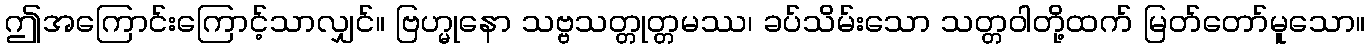
ဤအကြောင်းကြောင့်သာလျှင်။ ဗြဟ္မုနော သဗ္ဗသတ္တုတ္တမဿ၊ ခပ်သိမ်းသော သတ္တဝါတို့ထက် မြတ်တော်မူသော။